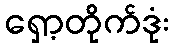
ရှော့တိုက်ဒုံး